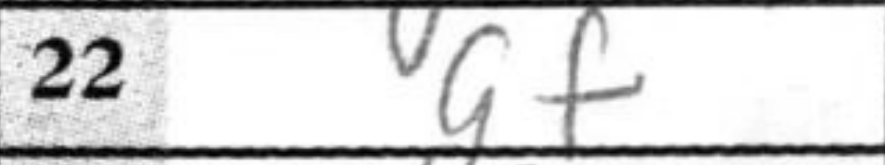
Transcription: gf